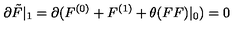
\partial \tilde { F } | _ { 1 } = \partial ( F ^ { ( 0 ) } + F ^ { ( 1 ) } + \theta ( F F ) | _ { 0 } ) = 0